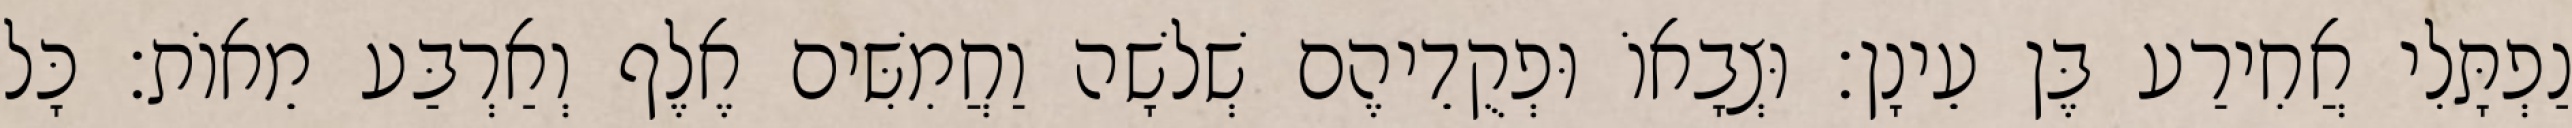
נַפְתָּלִי אֲחִירַע בֶּן עֵינָן׃ וּצְבָאוֹ וּפְקֻדֵיהֶם שְׁלשָׁה וַחֲמִשִּׁים אֶלֶף וְאַרְבַּע מֵאוֹת׃ כָּל